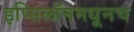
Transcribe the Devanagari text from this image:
इप्सिलॉनमधूनच